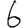
Digit: 6